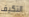
التكيف